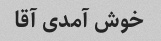
خوش آمدی آقا